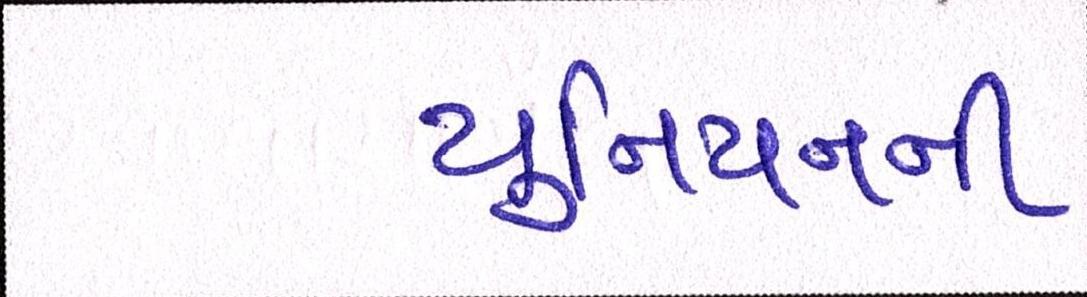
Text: યુનિયનની